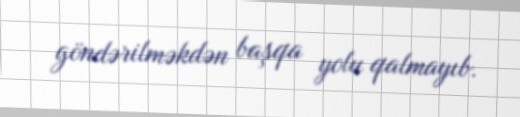
göndərilməkdən başqa yolu qalmayıb.